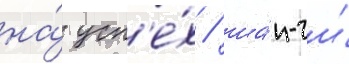
на́ усп'е́х / ша́н-чи́